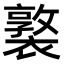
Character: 𧝗